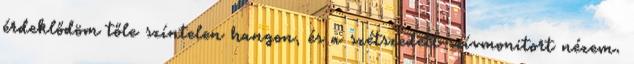
érdeklődöm tőle színtelen hangon, és a szétszedett szívmonitort nézem.